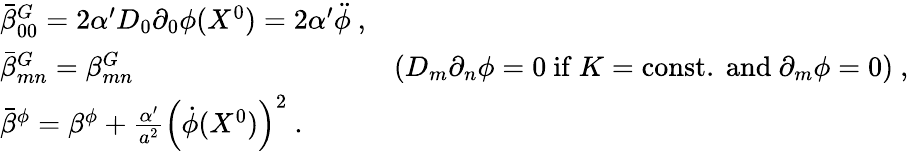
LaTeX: \begin{array}{lr}{{\bar{\beta}_{00}^{G}=2\alpha^{\prime}D_{0}\partial_{0}\phi(X^{0})=2\alpha^{\prime}\ddot{\phi}\ ,}}&{{}}\\ {{\bar{\beta}_{mn}^{G}=\beta_{mn}^{G}}}&{{(D_{m}\partial_{n}\phi=0\ \mathrm{if}\ K=\mathrm{const.\ and}\ \partial_{m}\phi=0)\ ,}}\\ {{\bar{\beta}^{\phi}=\beta^{\phi}+\frac{\alpha^{\prime}}{a^{2}}\left(\dot{\phi}(X^{0})\right)^{2}\ .}}&{{}}\end{array}